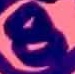
Text: 8